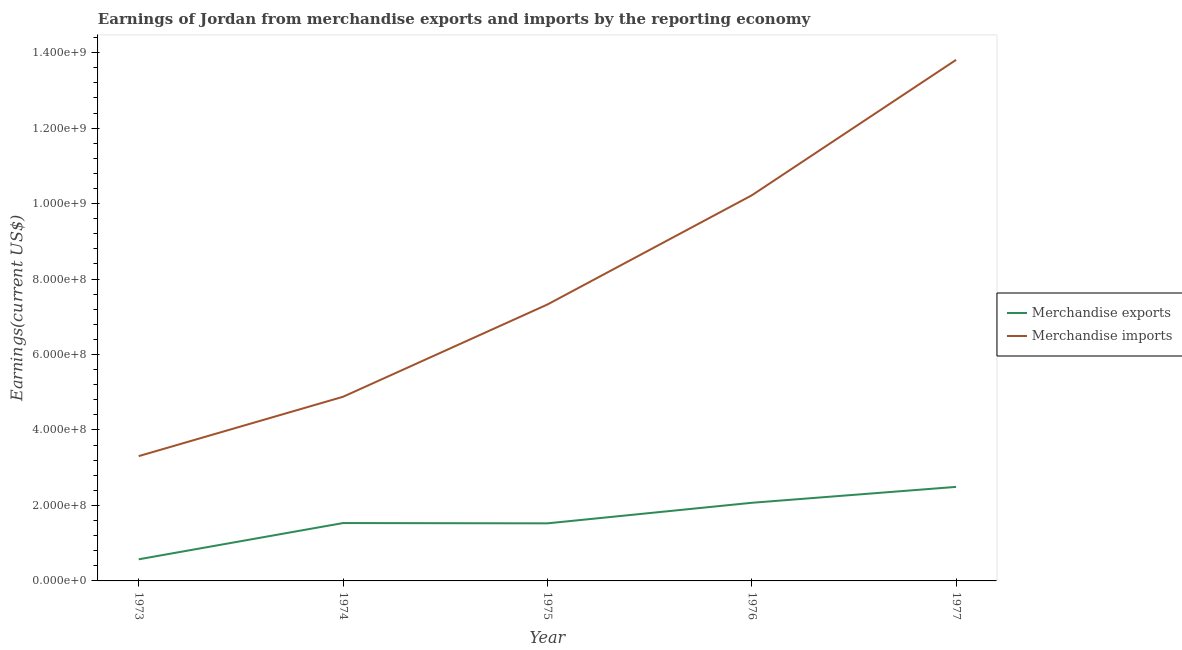
| Year | Merchandise exports | Merchandise imports |
 | --- | --- | --- |
 | 1973 | 5.73e+07 | 3.31e+08 |
 | 1974 | 1.53e+08 | 4.88e+08 |
 | 1975 | 1.53e+08 | 7.33e+08 |
 | 1976 | 2.07e+08 | 1.02e+09 |
 | 1977 | 2.49e+08 | 1.38e+09 |